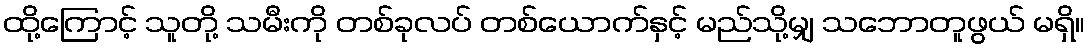
ထို့ကြောင့် သူတို့ သမီးကို တစ်ခုလပ် တစ်ယောက်နှင့် မည်သို့မျှ သဘောတူဖွယ် မရှိ။